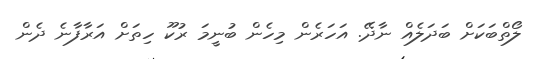
ލޯތްބަކަށް ބަދަލެއް ނާދޭ. އަހަރެން މިހެން ބުނީމަ ރުކޫ ހިތަށް އަރާފާނެ ދެން